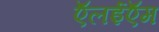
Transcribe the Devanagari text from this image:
ऍलईऍम